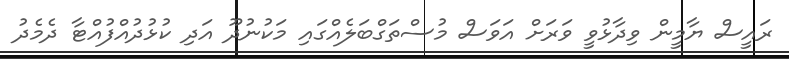
ރައީސް ޔާމީން ވިދާޅުވީ ވަރަށް އަވަސް މުސްތަގްބަލެއްގައި މަކުނުދޫ އަދި ކުޅުދުއްފުއްޓާ ދެމެދު